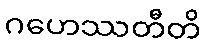
ဂဟေဿတီတိ